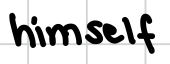
Text: himself
Cross-out: clean
Writing tool: digital_black